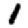
Digit: 1